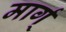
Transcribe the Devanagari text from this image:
मार्ग्